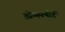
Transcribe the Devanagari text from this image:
ओब्स्क्योर्ड